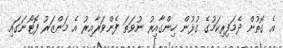
އެ ގޮތުން ދެމަފިރިކަމުގެ ގުޅުން ހިންގާއިރު ނުވަތަ ފެންވަރާއިރު އެ މަންޒަރު ފޮޓޯނަގައި